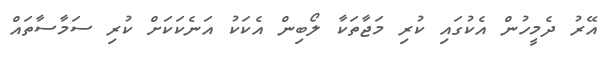
އޭރު ދެމީހުން އެކުގައި ކުރި މަޖާތަކާ ލޯބިން އެކަކު އަނެކަކަށް ކުރި ސަމާސާތައް